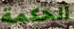
الحكمة